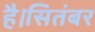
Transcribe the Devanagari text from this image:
है।सितंबर